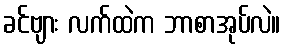
ခင်ဗျား လက်ထဲက ဘာစာအုပ်လဲ။